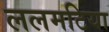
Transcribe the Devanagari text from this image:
ललमटिया